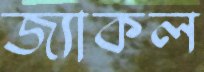
জ্যাকল